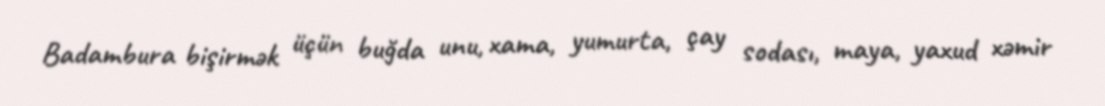
Badambura bişirmək üçün buğda unu, xama, yumurta, çay sodası, maya, yaxud xəmir